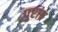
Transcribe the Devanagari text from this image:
पुरांव